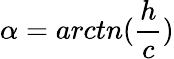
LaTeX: \alpha=arctn(\frac{h}{c})